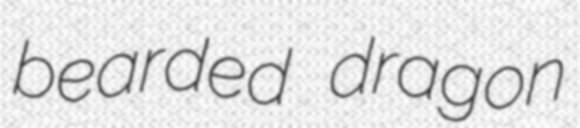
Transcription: bearded dragon